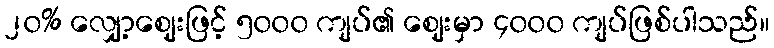
၂၀% လျှော့ဈေးဖြင့် ၅၀၀၀ ကျပ်၏ ဈေးမှာ ၄၀၀၀ ကျပ်ဖြစ်ပါသည်။